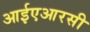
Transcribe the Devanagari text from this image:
आईएआरसी